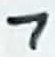
Text: 7